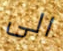
الى